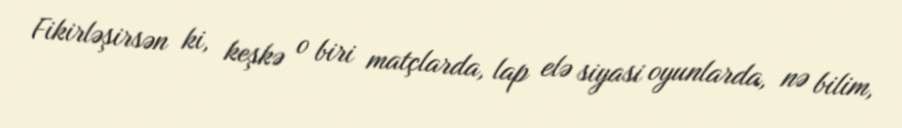
Fikirləşirsən ki, keşkə o biri matçlarda, lap elə siyasi oyunlarda, nə bilim,